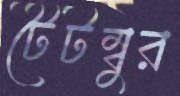
টৈটম্বুর